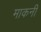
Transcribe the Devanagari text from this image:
माकनी